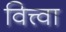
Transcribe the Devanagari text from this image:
वित्त्वा